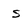
Character: S